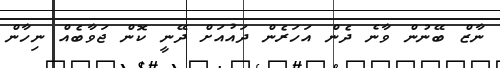
ނާޒް ބޭނުން ވާނެ ދެން އަހަރެން ދައުއަށް ދޭނީ ކޮން ޖަވާބެއް ނިހާން